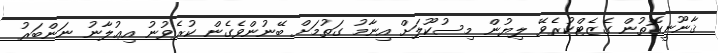
ޤާނޫނީގޮތުން ގެޒެޓްކުރެވޭ ލިޔުން މިސުކޫލަށް އިނާމު ގަތުމަށް ބޭނުންވެގެން ކުރެވުނު އިޢުލާނު ނަންބަރު